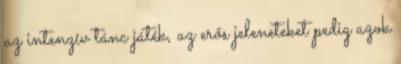
az intenzív tánc játék, az erős jeleneteket pedig azok